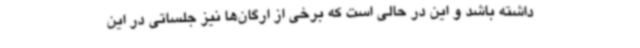
داشته باشد و این در حالی است که برخی از ارگان‌ها نیز جلساتی در این